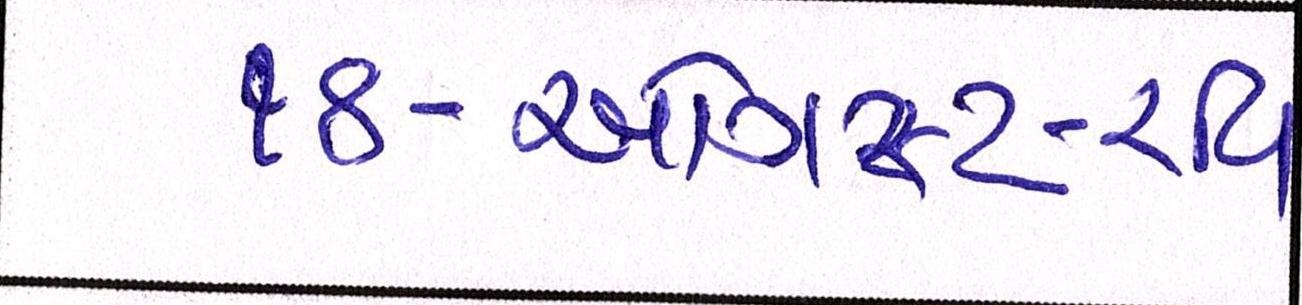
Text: ૧૪-ઓગસ્ટ-રવિ